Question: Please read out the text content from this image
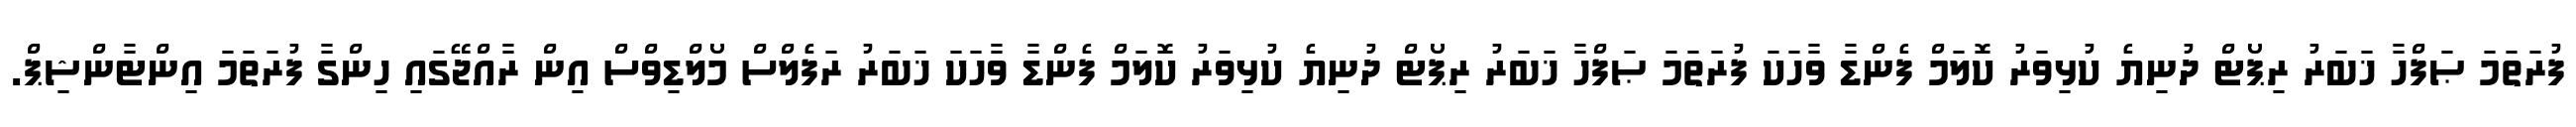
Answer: ފުރަތަމަ ޞަފްހާ ޚަބަރު ރިޕޯޓް ދުނިޔެ ކުޅިވަރު ކޮލަމް ފެންޑާ ވާހަކަ ފުރަތަމަ ޞަފްހާ ޚަބަރު ރިޕޯޓް ދުނިޔެ ކުޅިވަރު ކޮލަމް ފެންޑާ ވާހަކަ ޚަބަރު ރަފެލްސް މޯލްޑިވްސް އިން ރާއްޖޭގައި ހިންގާ ފުރަތަމަ އިންޓާންޝިޕް.